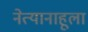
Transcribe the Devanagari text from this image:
नेत्यानाहूला